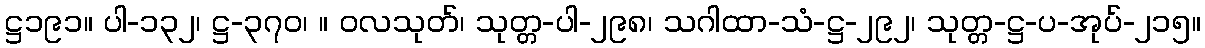
ဋ္ဌ၁၉၁။ ပါ-၁၃၂၊ ဋ္ဌ-၃၇၀၊ ။ ဝလသုတ်၊ သုတ္တ-ပါ-၂၉၈၊ သဂါထာ-သံ-ဋ္ဌ-၂၉၂၊ သုတ္တ-ဋ္ဌ-ပ-အုပ်-၂၁၅။